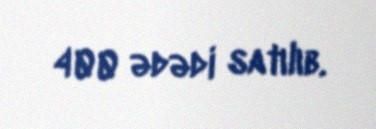
400 ədədi satılıb.